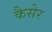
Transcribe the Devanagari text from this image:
कैसेर